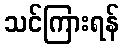
သင်ကြားရန်